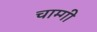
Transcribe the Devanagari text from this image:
चाम्गी